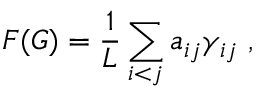
F ( G ) = \frac { 1 } { L } \sum _ { i < j } a _ { i j } \gamma _ { i j } \ ,